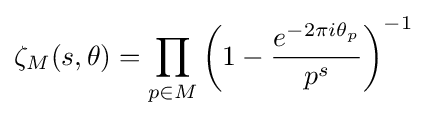
\zeta _{M}(s,\theta )=\prod _{p\in M}\left(1-{\frac {e^{-2\pi i\theta _{p}}}{p^{s}}}\right)^{-1}